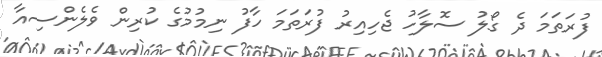
ފުރަތަމަ ދެ ގޯލު ސޮލާހު ޖެހިއިރު ފުރަތަމަ ހާފު ނިމުމުގެ ކުރިން ވެލެންސިއާ